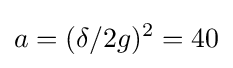
a=(\delta /2g)^{2}=40